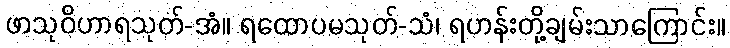
ဖာသုဝိဟာရသုတ်-အံ။ ရထောပမသုတ်-သံ၊ ရဟန်းတို့ချမ်းသာကြောင်း။